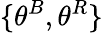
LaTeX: \{ \theta^{B},\theta^{R}\}